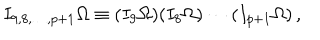
LaTeX: I _ { 9 , 8 , \ldots , p + 1 } \Omega \equiv ( I _ { 9 } \Omega ) ( I _ { 8 } \Omega ) \cdots ( I _ { p + 1 } \Omega ) \, ,